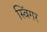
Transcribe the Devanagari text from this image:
स्विंगर